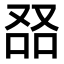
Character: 𠭎